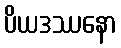
ပိယဒဿနော